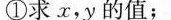
①求x，y的值；